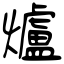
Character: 爐